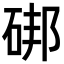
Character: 𥒷